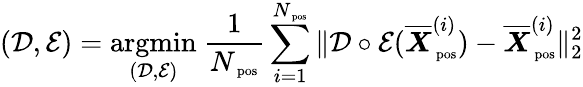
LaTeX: (\mathcal D,\mathcal E)=\underset{(\mathcal D,\mathcal E)}{\mathrm{argmin}}~\frac{1}{N_{\mathrm{\scriptsize~pos}}}\sum_{i=1}^{N_{\mathrm{\scriptsize~pos}}}\| \mathcal D\circ\mathcal E(\overline{{\boldsymbol X}}_{\mathrm{\scriptsize~pos}}^{(i)})-\overline{{\boldsymbol X}}_{\mathrm{\scriptsize~pos}}^{(i)}\| _{2}^{2}